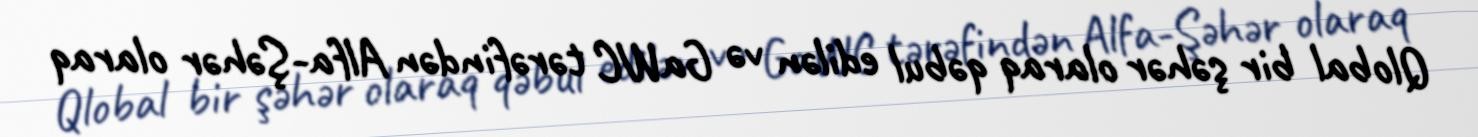
Qlobal bir şəhər olaraq qəbul edilən və GaWC tərəfindən Alfa-Şəhər olaraq